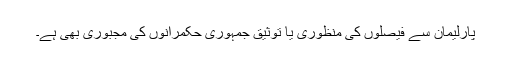
پارلیمان سے فیصلوں کی منظوری یا توثیق جمہوری حکمرانوں کی مجبوری بھی ہے۔